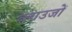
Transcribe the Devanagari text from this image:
ब्लाउजों